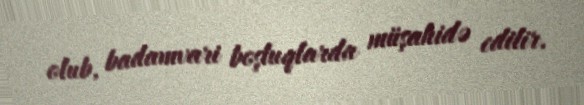
olub, badamvari boşluqlarda müşahidə edilir.